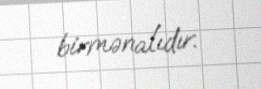
birmənalıdır.